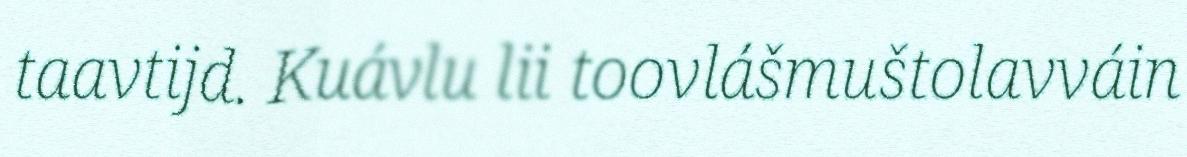
taavtijd. Kuávlu lii toovlášmuštolavváin